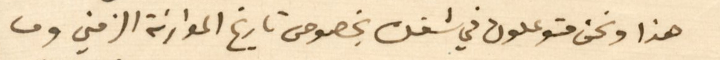
هذا ونحن متوعدون في شغل بخصوص تاريخ الموارنة الزمني وما